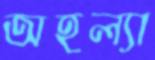
অহল্যা